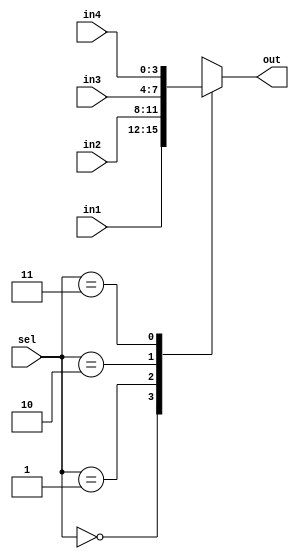
`timescale 1ns / 1ps
//////////////////////////////////////////////////////////////////////////////////
// Company: 
// Engineer: 
// 
// Design Name: 
// Module Name: mux_l
// Project Name: 
// Target Devices: 
// Tool Versions: 
// Description: 
// 
// Dependencies: 
// 
// Revision:
// Revision 0.01 - File Created
// Additional Comments:
// 
//////////////////////////////////////////////////////////////////////////////////


module mux_l(input [1:0] sel,
             input [3:0] in1, in2, in3, in4,
             output reg [3:0] out);

always @(sel, in1, in2, in3, in4)
begin
    case(sel)
        2'b00: out = in1;
        2'b01: out = in2;
        2'b10: out = in3;
        2'b11: out = in4;
    endcase
end
endmodule